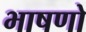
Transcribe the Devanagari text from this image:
भाषणो